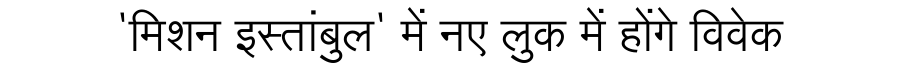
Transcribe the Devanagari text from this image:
'मिशन इस्तांबुल' में नए लुक में होंगे विवेक